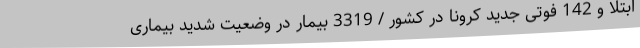
ابتلا و 142 فوتی جدید کرونا در کشور / 3319 بیمار در وضعیت شدید بیماری